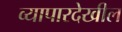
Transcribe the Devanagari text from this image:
व्यापारदेखील